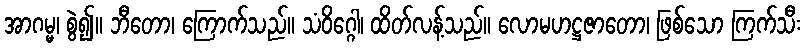
အာဂမ္မ၊ စွဲ၍။ ဘီတော၊ ကြောက်သည်။ သံဝိဂ္ဂေါ၊ ထိတ်လန့်သည်။ လောမဟဋ္ဌဇာတော၊ ဖြစ်သော ကြက်သီး